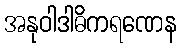
အနုဝါဒါဓိကရဏေန